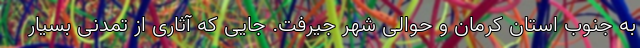
به جنوب استان کرمان و حوالی شهر جیرفت. جایی که آثاری از تمدنی بسیار